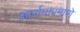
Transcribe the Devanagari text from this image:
आर्शमाप्रमाणे